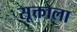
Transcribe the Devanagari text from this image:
सूक्ताला